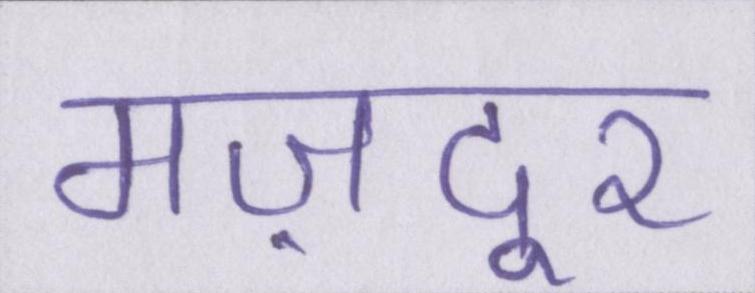
मज़दूर